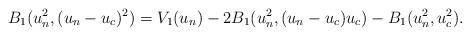
LaTeX: \begin{align*}B_{1}(u_{n}^{2},(u_{n}-u_{c})^{2})=V_{1}(u_{n})-2B_{1}(u_{n}^{2},(u_{n}-u_{c})u_{c})-B_{1}(u_{n}^{2},u_{c}^{2}).\end{align*}